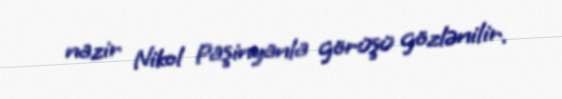
nazir Nikol Paşinyanla görüşü gözlənilir.